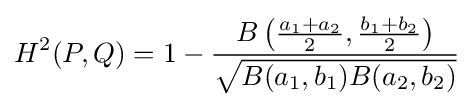
H^{2}(P,Q)=1-{\frac {B\left({\frac {a_{1}+a_{2}}{2}},{\frac {b_{1}+b_{2}}{2}}\right)}{\sqrt {B(a_{1},b_{1})B(a_{2},b_{2})}}}